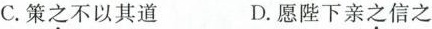
C.策之不以其道 D.愿陛下亲之信之